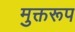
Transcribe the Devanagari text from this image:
मुक्तरूप